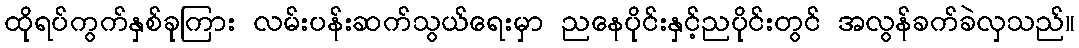
ထိုရပ်ကွက်နှစ်ခုကြား လမ်းပန်းဆက်သွယ်ရေးမှာ ညနေပိုင်းနှင့်ညပိုင်းတွင် အလွန်ခက်ခဲလှသည်။